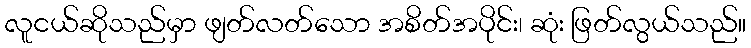
လူငယ်ဆိုသည်မှာ ဖျတ်လတ်သော အစိတ်အပိုင်း၊ ဆုံး ဖြတ်လွယ်သည်။